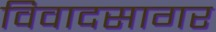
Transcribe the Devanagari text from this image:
विवादसागर